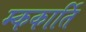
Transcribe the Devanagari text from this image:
म्ककार्ति